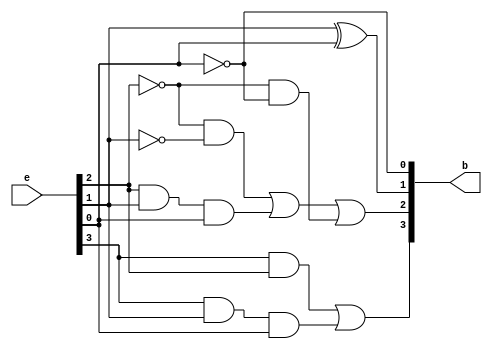
module Ex3_to_BCD(input [3:0]e, output[3:0]b );
	wire p;
	assign b[0]=~e[0];
	xor(p, e[1], e[0]);
	assign b[1]=p;
	assign b[2]= (~e[2]&~e[1])|(e[2]&e[1]&e[0])|(~e[2]&~e[0]);
	assign b[3]= (e[3]&e[2])|(e[3]&e[1]&e[0]);
endmodule